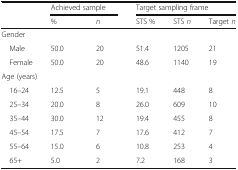
|  | <COLSPAN=2> Achieved sample | <COLSPAN=3> Target sampling frame |
 |  | % | n | STS % | STS n | Target n |
 | --- | --- | --- | --- | --- | --- |
 | <COLSPAN=6> Gender |
 | Male | 50.0 | 20 | 51.4 | 1205 | 21 |
 | Female | 50.0 | 20 | 48.6 | 1140 | 19 |
 | <COLSPAN=6> Age (years) |
 | 16–24 | 12.5 | 5 | 19.1 | 448 | 8 |
 | 25–34 | 20.0 | 8 | 26.0 | 609 | 10 |
 | 35–44 | 30.0 | 12 | 19.4 | 455 | 8 |
 | 45–54 | 17.5 | 7 | 17.6 | 412 | 7 |
 | 55–64 | 15.0 | 6 | 10.8 | 253 | 4 |
 | 65+ | 5.0 | 2 | 7.2 | 168 | 3 |